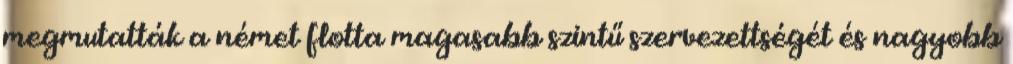
megmutatták a német flotta magasabb szintű szervezettségét és nagyobb